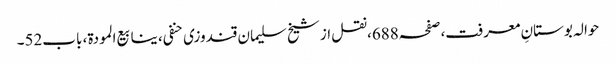
حوالہ بوستانِ معرفت،صفحہ688،نقل از شیخ سلیمان قندوزی حنفی، ینابیع المودة، باب52۔